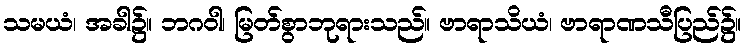
သမယံ၊ အခါ၌။ ဘဂဝါ၊ မြတ်စွာဘုရားသည်။ ဗာရာသိယံ၊ ဗာရာဏသီပြည်၌။